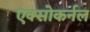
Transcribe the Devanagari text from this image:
एक्सोकर्नल